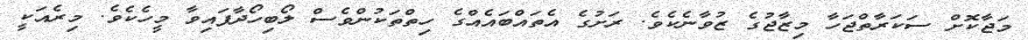
މަޖާކޮށް ސަކަރާތްޖަހާ މިޒާޖުގެ ޒުވާނެކެވެ. ރަށުގެ އެތައްބައެއްގެ ހިތްތަކުންވެސް ލޯބިހޯދާފައިވާ މީހެކެވެ. މިރެއަކީ